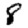
Digit: 8